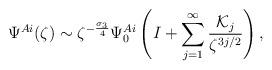
LaTeX: \begin{align*} \Psi^{Ai}(\zeta) \sim \zeta^{-\frac{\sigma_3}{4}}\Psi^{Ai}_{0}\left(I+\sum_{j=1}^{\infty}\frac{\mathcal{K}_j}{\zeta^{3j/2}}\right),\end{align*}